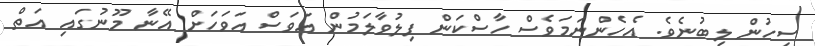
ސިހުން ލިބުނެވެ. އެހެންނަމަވެސް ހާސްކަން ފިލުވާލަމުން އަވަސް އަވަހަށް އޭނާ މޫނުގައި އަތް